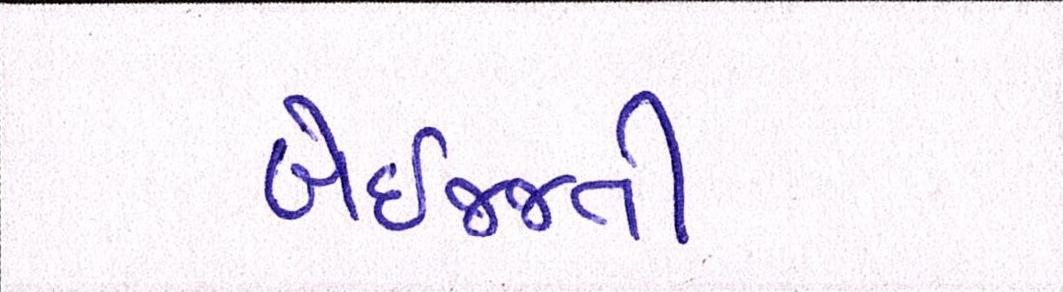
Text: બેઇજ્જતી